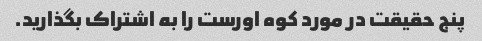
پنج حقیقت در مورد کوه اورست را به اشتراک بگذارید.